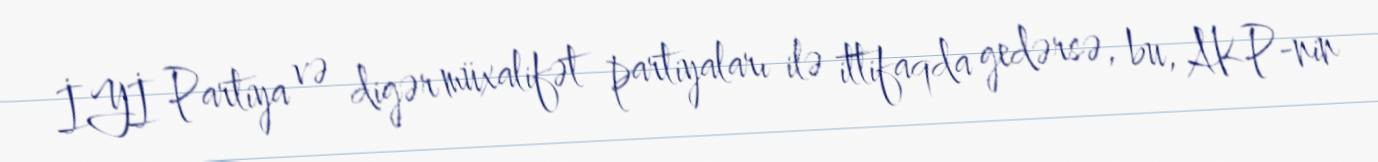
İYİ Partiya və digər müxalifət partiyaları ilə ittifaqda gedərsə, bu, AKP-nin